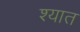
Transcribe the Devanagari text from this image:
श्यात